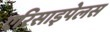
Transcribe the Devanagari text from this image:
एरिसाइपेलस